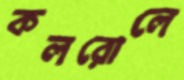
কলরোলে